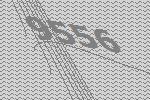
9556